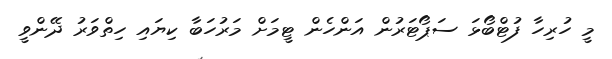
މީ ހުރިހާ ފުޓްބޯޅަ ސަޕޯޓަރުން އަންހެން ޓީމަށް މަރުހަބާ ކިޔައި ހިތްވަރު ދޭންވީ